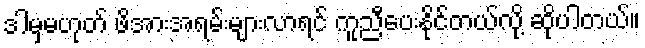
ဒါမှမဟုတ် ဖိအားအရမ်းများလာရင် ကူညီပေးနိုင်တယ်လို့ ဆိုပါတယ်။